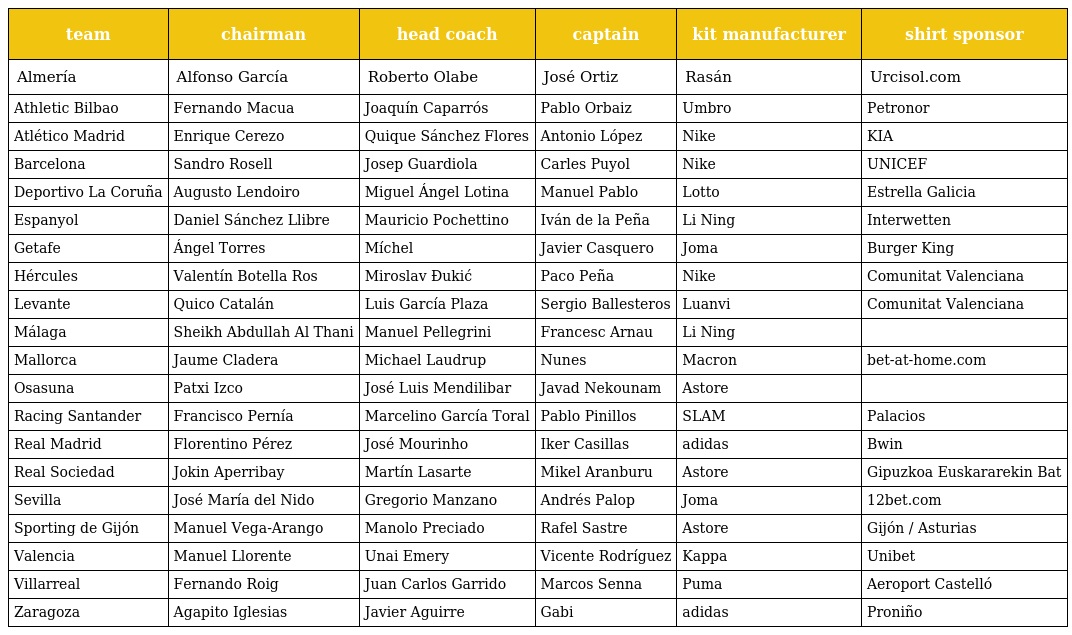
| team | chairman | head coach | captain | kit manufacturer | shirt sponsor |
 | --- | --- | --- | --- | --- | --- |
 | Almería | Alfonso García | Roberto Olabe | José Ortiz | Rasán | Urcisol.com |
 | Athletic Bilbao | Fernando Macua | Joaquín Caparrós | Pablo Orbaiz | Umbro | Petronor |
 | Atlético Madrid | Enrique Cerezo | Quique Sánchez Flores | Antonio López | Nike | KIA |
 | Barcelona | Sandro Rosell | Josep Guardiola | Carles Puyol | Nike | UNICEF |
 | Deportivo La Coruña | Augusto Lendoiro | Miguel Ángel Lotina | Manuel Pablo | Lotto | Estrella Galicia |
 | Espanyol | Daniel Sánchez Llibre | Mauricio Pochettino | Iván de la Peña | Li Ning | Interwetten |
 | Getafe | Ángel Torres | Míchel | Javier Casquero | Joma | Burger King |
 | Hércules | Valentín Botella Ros | Miroslav Đukić | Paco Peña | Nike | Comunitat Valenciana |
 | Levante | Quico Catalán | Luis García Plaza | Sergio Ballesteros | Luanvi | Comunitat Valenciana |
 | Málaga | Sheikh Abdullah Al Thani | Manuel Pellegrini | Francesc Arnau | Li Ning |  |
 | Mallorca | Jaume Cladera | Michael Laudrup | Nunes | Macron | bet-at-home.com |
 | Osasuna | Patxi Izco | José Luis Mendilibar | Javad Nekounam | Astore |  |
 | Racing Santander | Francisco Pernía | Marcelino García Toral | Pablo Pinillos | SLAM | Palacios |
 | Real Madrid | Florentino Pérez | José Mourinho | Iker Casillas | adidas | Bwin |
 | Real Sociedad | Jokin Aperribay | Martín Lasarte | Mikel Aranburu | Astore | Gipuzkoa Euskararekin Bat |
 | Sevilla | José María del Nido | Gregorio Manzano | Andrés Palop | Joma | 12bet.com |
 | Sporting de Gijón | Manuel Vega-Arango | Manolo Preciado | Rafel Sastre | Astore | Gijón / Asturias |
 | Valencia | Manuel Llorente | Unai Emery | Vicente Rodríguez | Kappa | Unibet |
 | Villarreal | Fernando Roig | Juan Carlos Garrido | Marcos Senna | Puma | Aeroport Castelló |
 | Zaragoza | Agapito Iglesias | Javier Aguirre | Gabi | adidas | Proniño |